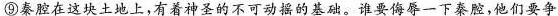
⑨秦腔在这块土地上,有着神圣的不可动摇的基础。谁要侮辱一下秦腔,他们要争死争